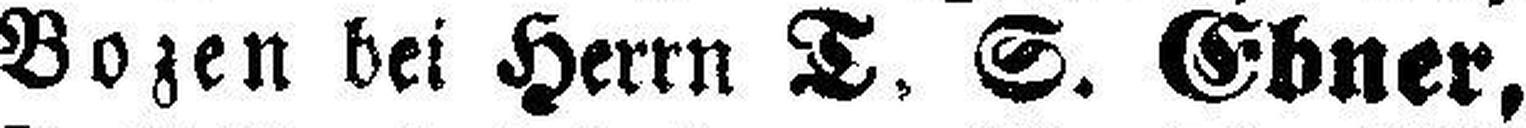
Bozen bei Herrn T. S. Ebner,